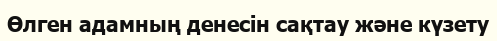
Өлген адамның денесін сақтау және күзету